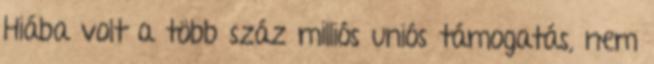
Hiába volt a több száz milliós uniós támogatás, nem